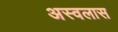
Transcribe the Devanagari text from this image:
अस्वलास